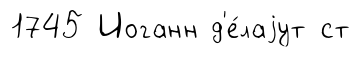
1745 Иоганн д'е́лаjут ст